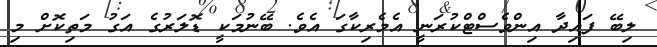
ލިބޭ ފައިދާ އިންވެސްޓްކުރަނީ އެމެރިކާގަ އެވެ. ބޭނުމަކީ ޑޮލަރުގެ އަގު މަތިކޮށް މި